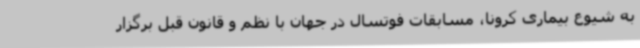
به شیوع بیماری کرونا، مسابقات فوتسال در جهان با نظم و قانون قبل برگزار